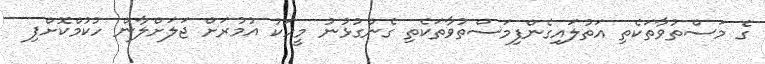
ގެ މަސްތުވާތަކެތި އަތުލައިގެންފިމަސްތުވާތަކެތި ގެންގުޅުނު މީހަކު އުމުރަށް ޖަލަށްލާން ހުކުމްކޮށްފި